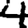
Digit: 4